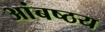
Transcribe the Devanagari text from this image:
आंबष्ठय